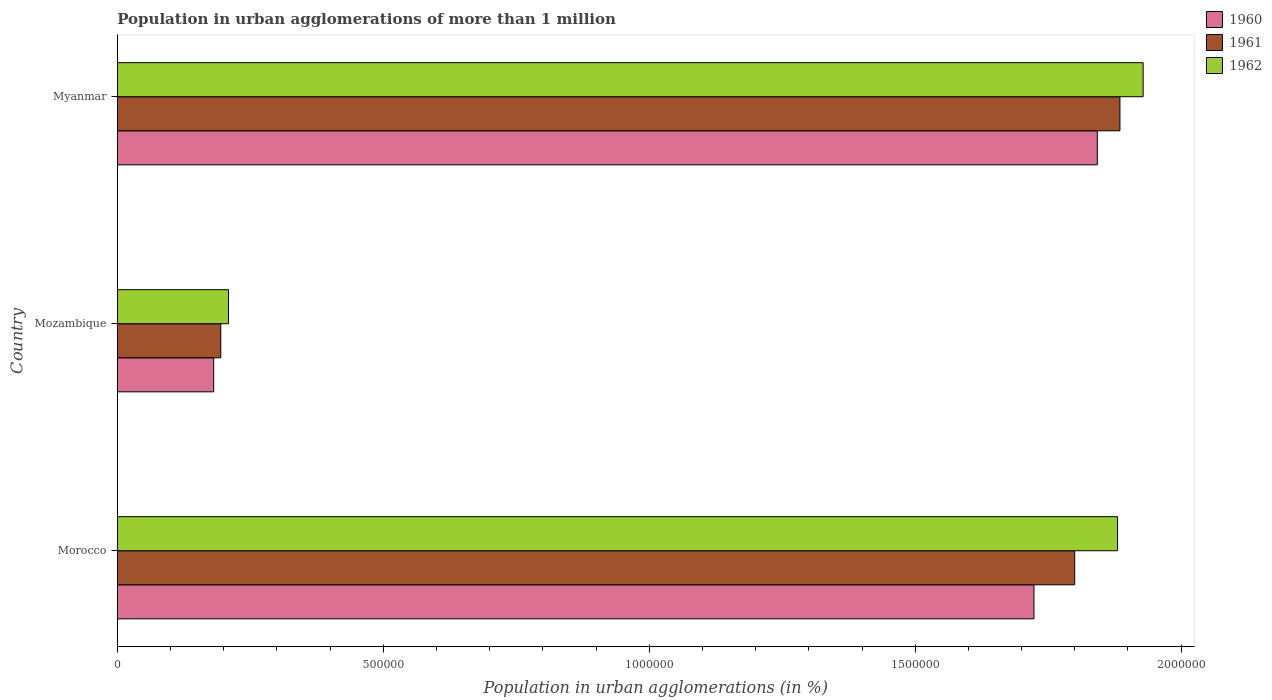
| Country | 1960 | 1961 | 1962 |
 | --- | --- | --- | --- |
 | Morocco | 1.72e+06 | 1.8e+06 | 1.88e+06 |
 | Mozambique | 1.81e+05 | 1.95e+05 | 2.09e+05 |
 | Myanmar | 1.84e+06 | 1.88e+06 | 1.93e+06 |